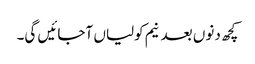
کچھ دنوں بعد نیم کولیاں آجائیں گی۔